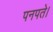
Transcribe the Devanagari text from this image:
पनपते।